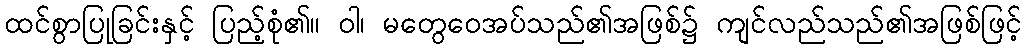
ထင်စွာပြုခြင်းနှင့် ပြည့်စုံ၏။ ဝါ၊ မတွေဝေအပ်သည်၏အဖြစ်၌ ကျင်လည်သည်၏အဖြစ်ဖြင့်